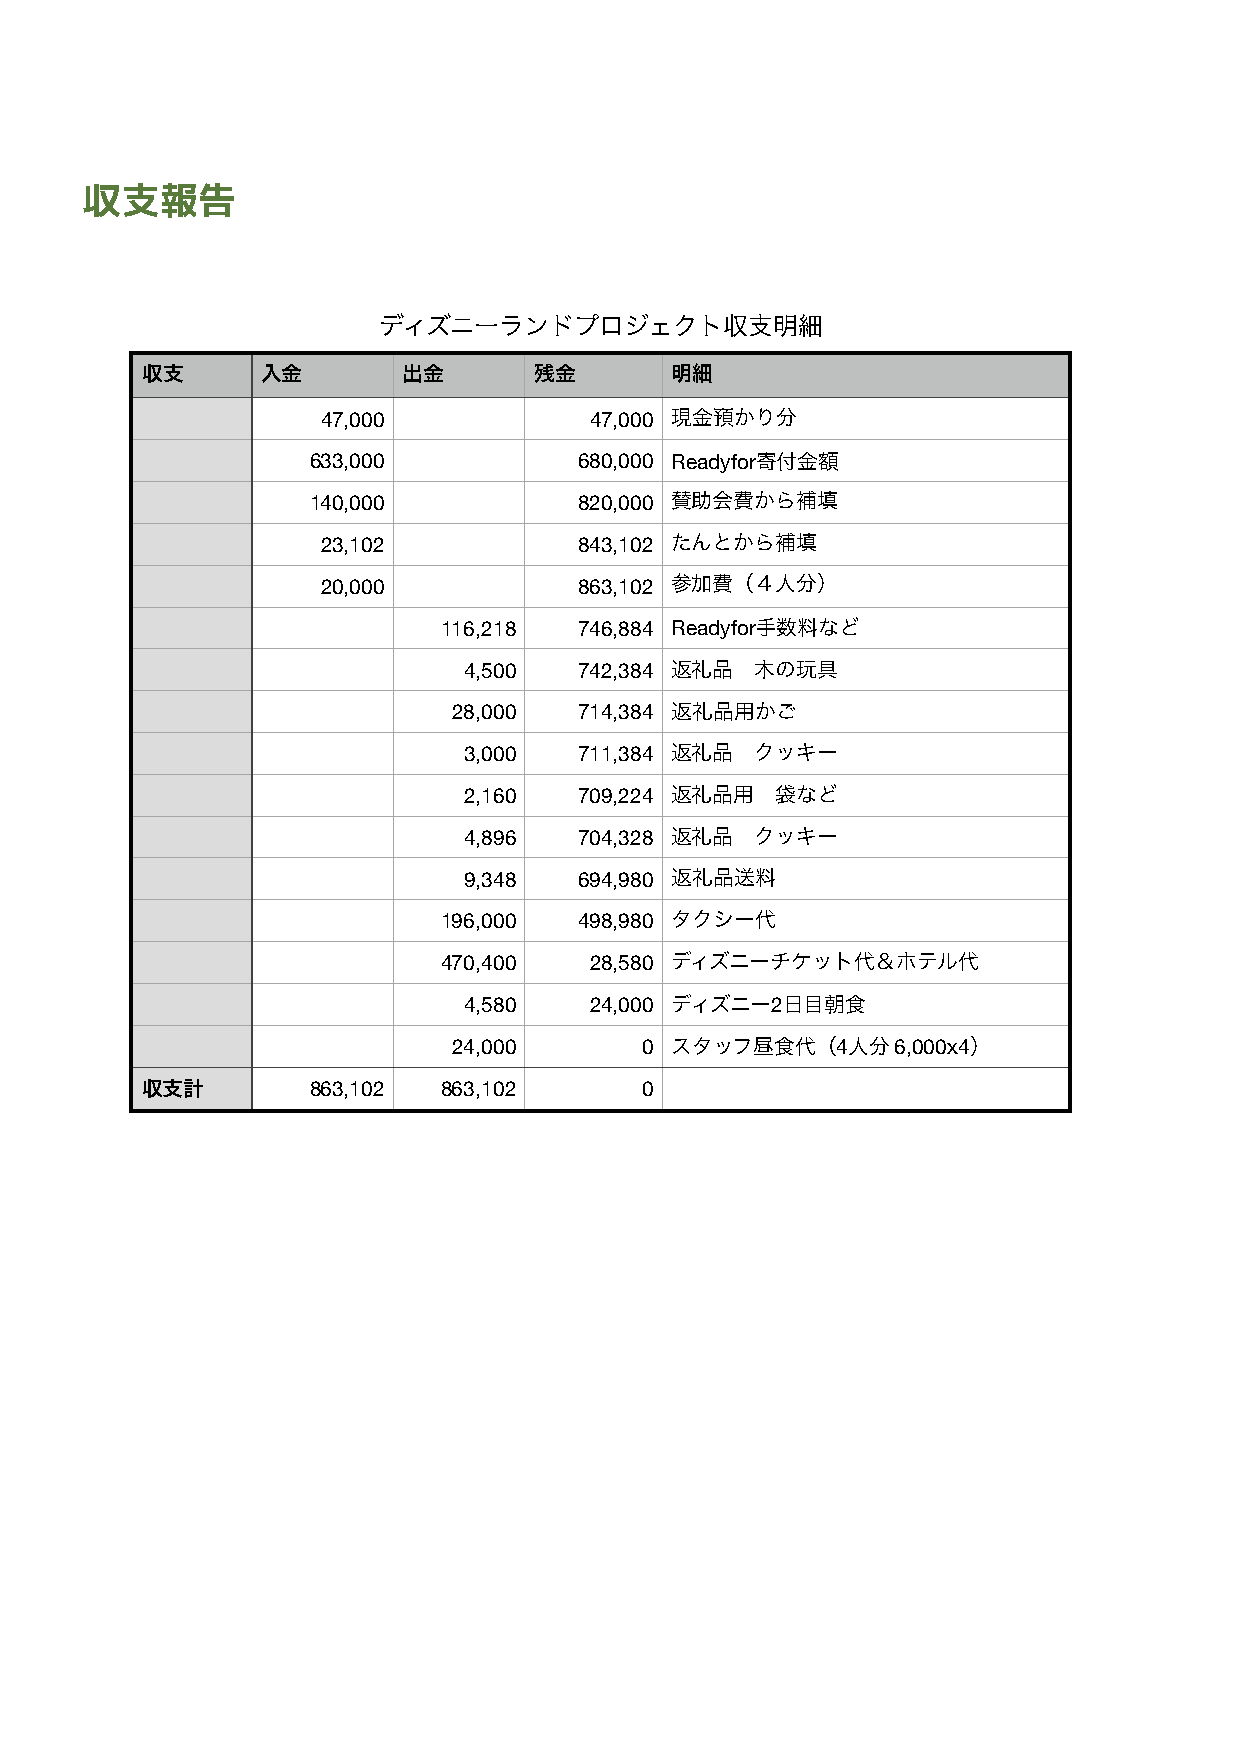
収支報告
 ディズニーランドプロジェクト収支明細
 収支      入金        出金      残金       明細
 47,000            47,000 現金預かり分
 633,000           680,000 Readyfor寄付金額
 140,000           820,000 賛助会費から補填
 23,102           843,102 たんとから補填
 20,000           863,102 参加費（４人分）
 116,218  746,884 Readyfor手数料など
 4,500  742,384 返礼品 木の玩具
 28,000  714,384 返礼品用かご
 3,000  711,384 返礼品 クッキー
 2,160  709,224 返礼品用 袋など
 4,896  704,328 返礼品 クッキー
 9,348  694,980 返礼品送料
 196,000  498,980 タクシー代
 470,400   28,580 ディズニーチケット代＆ホテル代
 4,580   24,000 ディズニー2日目朝食
 24,000      0 スタッフ昼食代（4人分    6,000x4）
 収支計        863,102  863,102      0